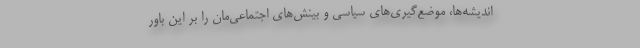
اندیشه‌ها، موضع‌گیری‌های سیاسی و بینش‌های اجتماعی‌مان را بر این باور